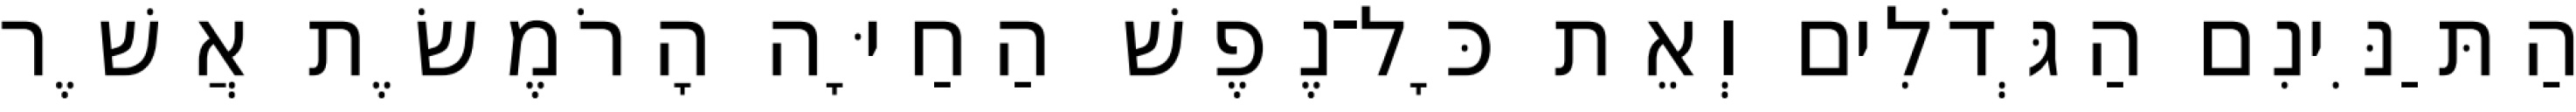
הַתַּנִּינִם הַגְּדֹלִים וְאֵת כָּל־נֶפֶשׁ הַחַיָּה הָרֹמֶשֶׂת אֲשֶׁר